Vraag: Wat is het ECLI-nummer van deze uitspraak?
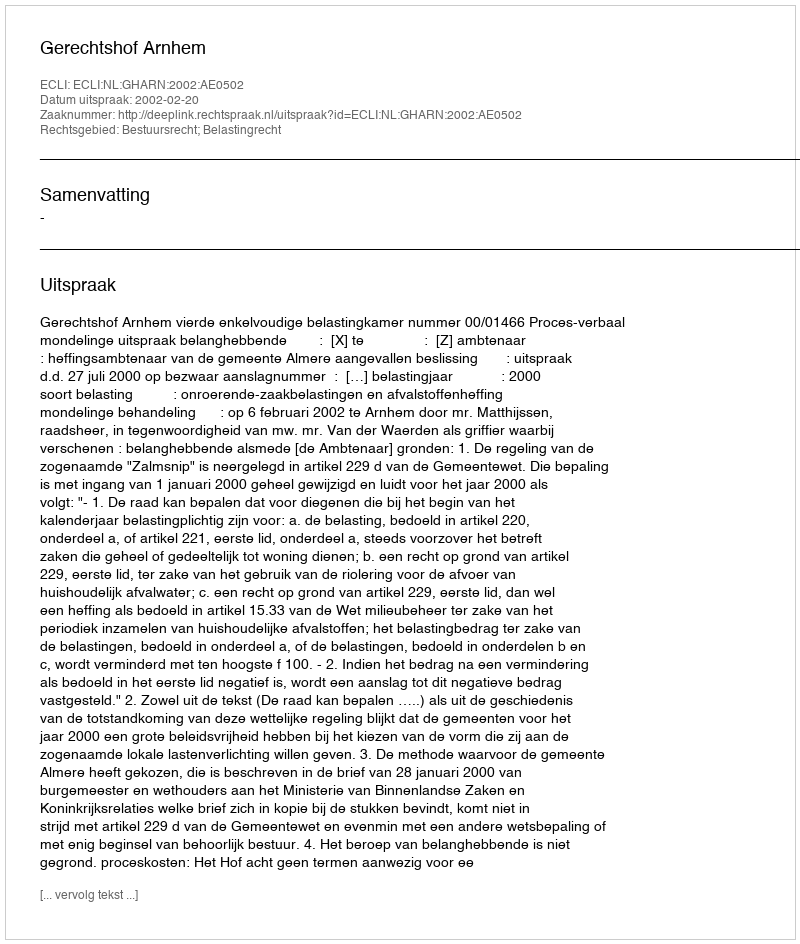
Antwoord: ECLI:NL:GHARN:2002:AE0502